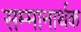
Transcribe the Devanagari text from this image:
सम्मानार्थक